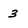
Character: 3